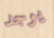
يوجد